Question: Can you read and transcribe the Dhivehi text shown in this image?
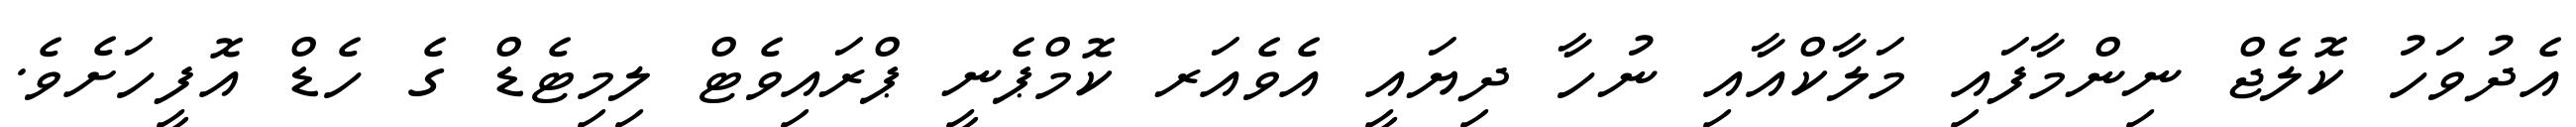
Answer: އެދުވަހު ކޮލެޖް ނިންމާފައި މަލާކްއާއި ނުހާ ދިޔައީ އެވެއަރ ކޮމްޕެނީ ޕްރައިވެޓް ލިމިޓެޑް ގެ ހެޑް އޮފީހަށެވެ.